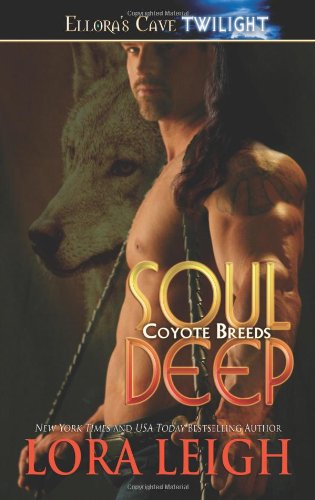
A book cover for Soul Deep (Coyote Breeds, Book 1); Lora Leigh; Science Fiction & Fantasy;